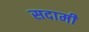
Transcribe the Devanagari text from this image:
सदामी